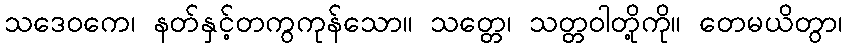
သဒေဝကေ၊ နတ်နှင့်တကွကုန်သော။ သတ္တေ၊ သတ္တဝါတို့ကို။ တေမယိတွာ၊